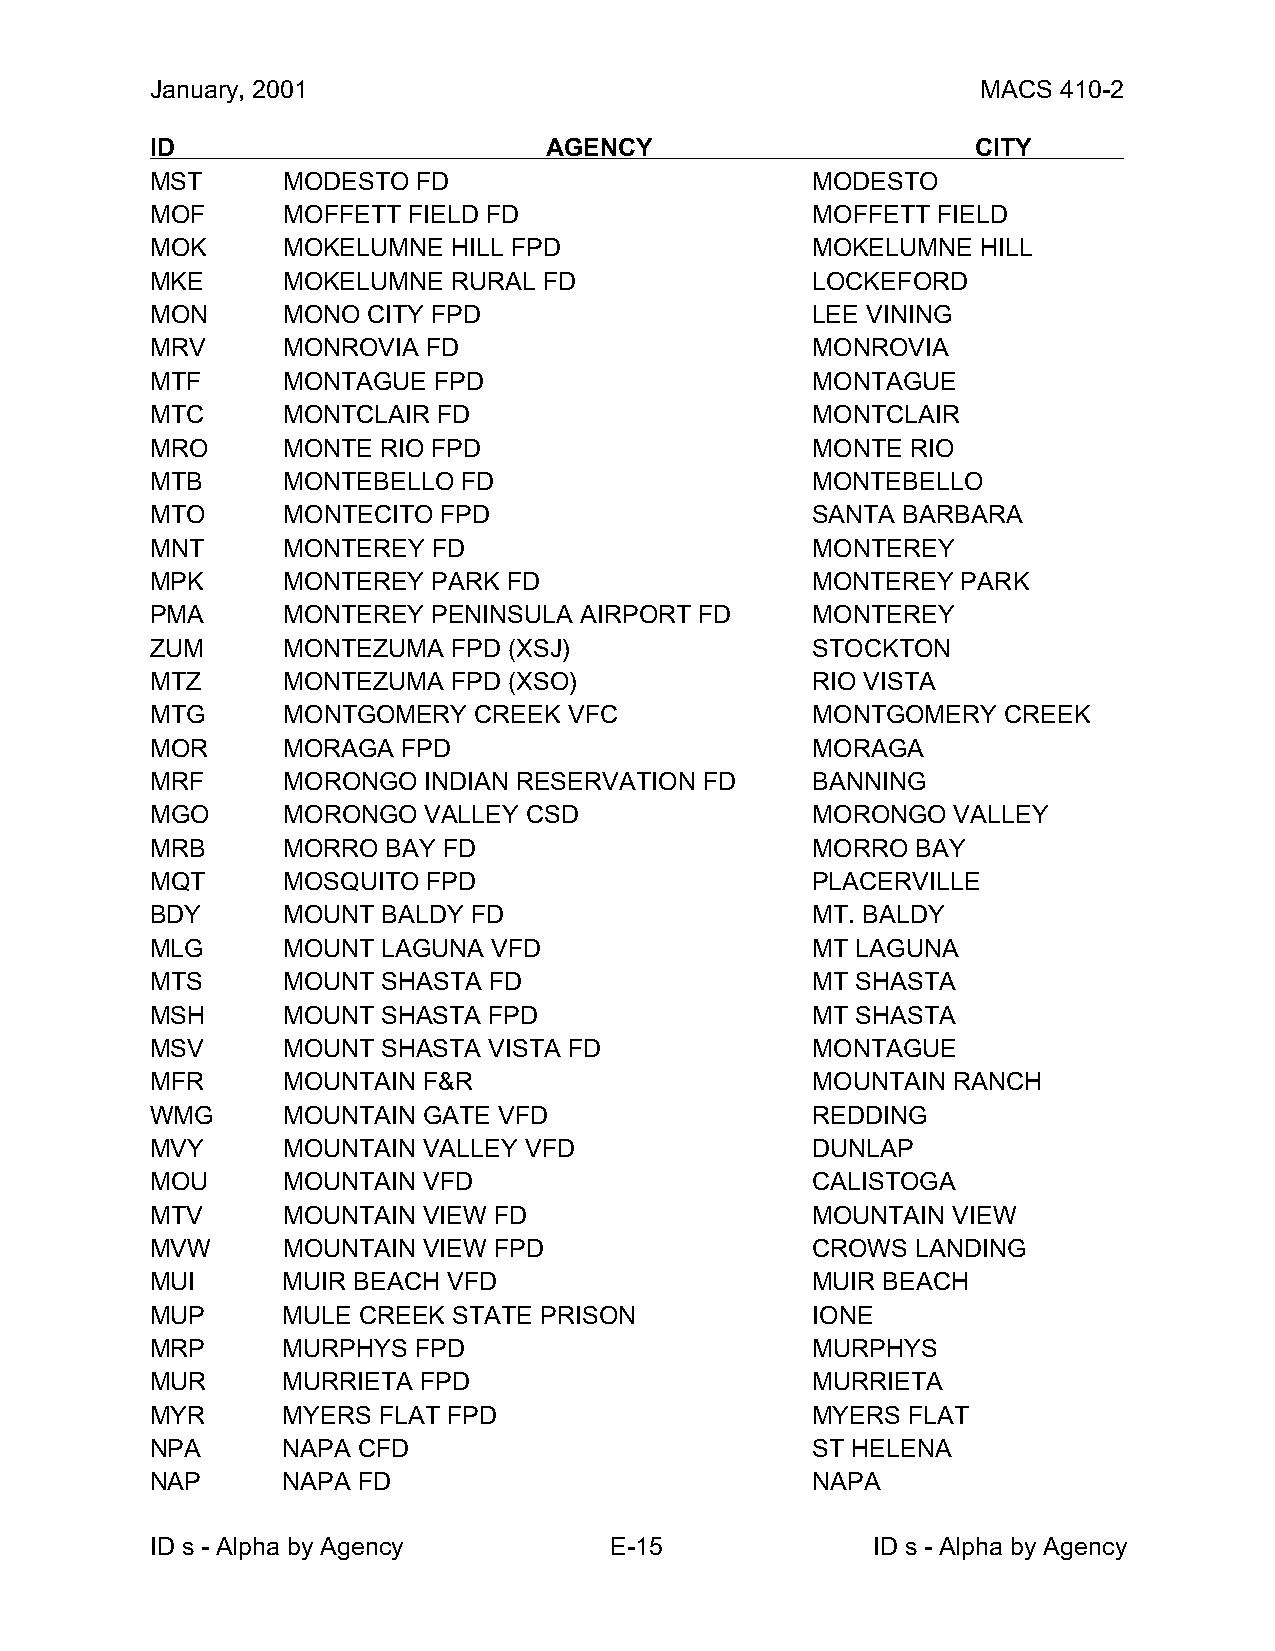
January, 2001                                          MACS 410-2
 ID                        AGENCY                       CITY
 MST      MODESTO  FD                        MODESTO
 MOF      MOFFETT FIELD FD                   MOFFETT FIELD
 MOK      MOKELUMNE  HILL FPD                MOKELUMNE  HILL
 MKE      MOKELUMNE  RURAL FD                LOCKEFORD
 MON      MONO CITY FPD                      LEE VINING
 MRV      MONROVIA FD                        MONROVIA
 MTF      MONTAGUE  FPD                      MONTAGUE
 MTC      MONTCLAIR FD                       MONTCLAIR
 MRO      MONTE RIO FPD                      MONTE RIO
 MTB      MONTEBELLO  FD                     MONTEBELLO
 MTO      MONTECITO FPD                      SANTA BARBARA
 MNT      MONTEREY  FD                       MONTEREY
 MPK      MONTEREY  PARK FD                  MONTEREY  PARK
 PMA      MONTEREY  PENINSULA AIRPORT FD     MONTEREY
 ZUM      MONTEZUMA  FPD (XSJ)               STOCKTON
 MTZ      MONTEZUMA  FPD (XSO)               RIO VISTA
 MTG      MONTGOMERY  CREEK  VFC             MONTGOMERY  CREEK
 MOR      MORAGA  FPD                        MORAGA
 MRF      MORONGO  INDIAN RESERVATION FD     BANNING
 MGO      MORONGO  VALLEY CSD                MORONGO  VALLEY
 MRB      MORRO  BAY FD                      MORRO  BAY
 MQT      MOSQUITO FPD                       PLACERVILLE
 BDY      MOUNT BALDY FD                     MT. BALDY
 MLG      MOUNT LAGUNA  VFD                  MT LAGUNA
 MTS      MOUNT SHASTA FD                    MT SHASTA
 MSH      MOUNT SHASTA FPD                   MT SHASTA
 MSV      MOUNT SHASTA VISTA FD              MONTAGUE
 MFR      MOUNTAIN F&R                       MOUNTAIN RANCH
 WMG      MOUNTAIN GATE VFD                  REDDING
 MVY      MOUNTAIN VALLEY VFD                DUNLAP
 MOU      MOUNTAIN VFD                       CALISTOGA
 MTV      MOUNTAIN VIEW FD                   MOUNTAIN VIEW
 MVW      MOUNTAIN VIEW FPD                  CROWS  LANDING
 MUI      MUIR BEACH VFD                     MUIR BEACH
 MUP      MULE CREEK STATE PRISON            IONE
 MRP      MURPHYS FPD                        MURPHYS
 MUR      MURRIETA FPD                       MURRIETA
 MYR      MYERS FLAT FPD                     MYERS FLAT
 NPA      NAPA CFD                           ST HELENA
 NAP      NAPA FD                            NAPA
 ID s - Alpha by Agency        E-15              ID s - Alpha by Agency